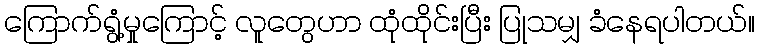
ကြောက်ရွံ့မှုကြောင့် လူတွေဟာ ထုံထိုင်းပြီး ပြုသမျှ ခံနေရပါတယ်။